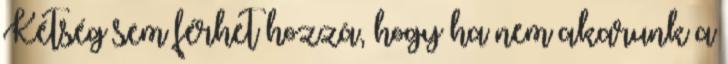
Kétség sem férhet hozzá, hogy ha nem akarunk a